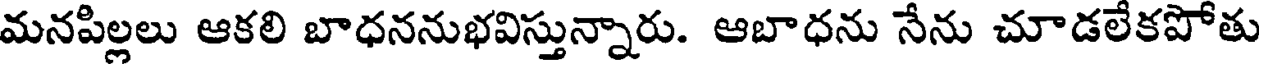
మనపిల్లలు ఆకలి బాధననుభవిస్తున్నారు. ఆబాధను నేను చూడలేకపోతు